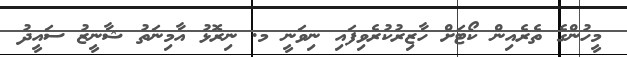
މީހުންގެ ތެރެއިން ކޯޓަށް ހާޒިރުކުރެވިފައި ނިވަނީ މ. ނިރޮޅު އާމިނަތު ޝާނީޒު ސައީދު